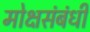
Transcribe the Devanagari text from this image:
मोक्षसंबंधी